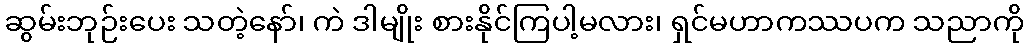
ဆွမ်းဘုဉ်းပေး သတဲ့နော်၊ ကဲ ဒါမျိုး စားနိုင်ကြပါ့မလား၊ ရှင်မဟာကဿပက သညာကို